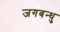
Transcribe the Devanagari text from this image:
जगबन्धु